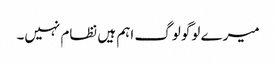
میرے لوگو لوگ اہم ہیں نظام نہیں۔